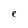
Character: e